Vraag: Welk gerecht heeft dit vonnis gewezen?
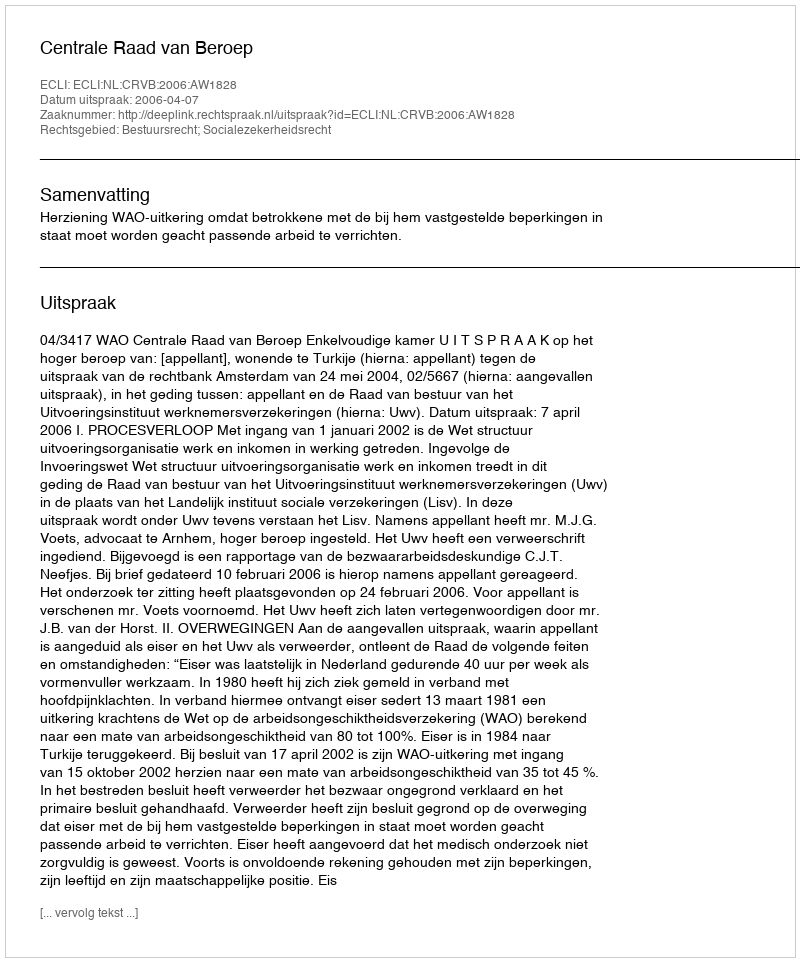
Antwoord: Centrale Raad van Beroep